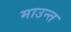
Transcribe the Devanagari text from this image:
माउन्त